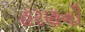
હરણની